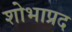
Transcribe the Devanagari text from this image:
शोभाप्रद